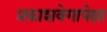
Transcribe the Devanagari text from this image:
प्रकाशवेगापेक्षा